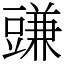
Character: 豏